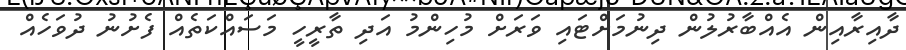
ދާއިރާއިން އެއްބާރުލުން ދިނުމަށްޓައި ވަރަށް މުހިންމު އަދި ތާރީހީ މަސައްކަތެއް ފެށުނު ދުވަހެއް